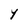
Character: Y